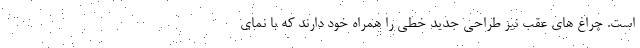
است. چراغ های عقب نیز طراحی جدید خطی را همراه خود دارند که با نمای